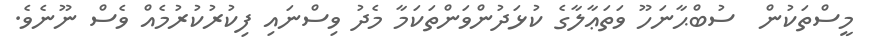
މީސްތަކުން  ސުބްޙާނަހޫ ވަތަޢާލާގެ ކުޅަދުންވަންތަކަމާ މެދު ވިސްނައި ފިކުރުކުރުމެއް ވެސް ނޫނެވެ.